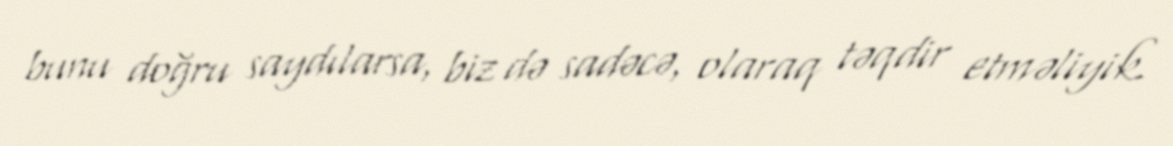
bunu doğru saydılarsa, biz də sadəcə, olaraq təqdir etməliyik.